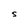
Character: S